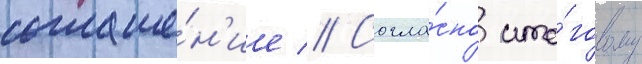
соглаше́н'ие // Согла́сно ито́говому